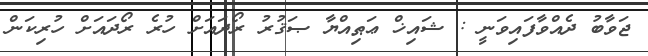
ޖަވާބު ދެއްވާފައިވަނީ : ޝައިޚް ޢަޠިއްޔާ ޞަޤުރު ރޯދައަށް ހުރެ ރޯދައަށް ހުރިކަން